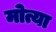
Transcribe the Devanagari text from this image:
मोत्या